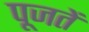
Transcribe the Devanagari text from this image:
पूजतें